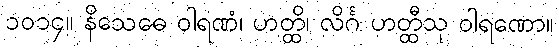
၁၀၁၄။ နိသေဓေ ဝါရဏံ၊ ဟတ္ထိ၊ လိင်္ဂ ဟတ္ထီသု ဝါရဏော။